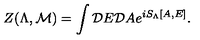
Z ( \Lambda , { \cal M } ) = \int { \cal D } E { \cal D } A e ^ { i S _ { \Lambda } [ A , E ] } .